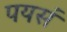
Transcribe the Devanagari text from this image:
पयसं